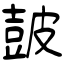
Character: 皷